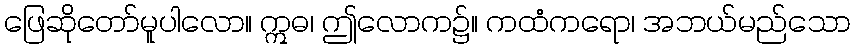
ဖြေဆိုတော်မူပါလော။ ဣဓ၊ ဤလောက၌။ ကထံကရော၊ အဘယ်မည်သော